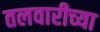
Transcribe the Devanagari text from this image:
तलवारीच्‍या